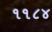
૧૧૮૪